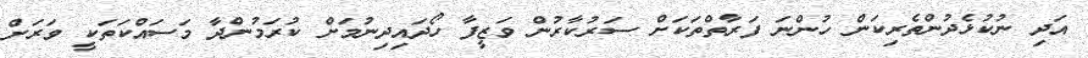
އަދި ނުކުޅެދުންތެރިކަން ހުންނަ ފަރާތްތަކަށް ސަރުކާރުން ވަޒީފާ ހޯދައިދިނުމަށް ކުރަމުންދާ މަސައްކަތަކީ ވަރަށް